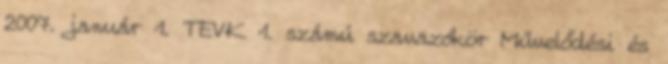
2007. január 1. TEVK 1. számú szavazókör Művelődési és